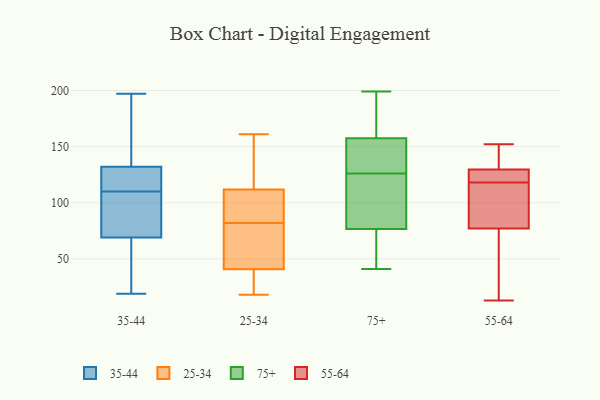
{"axis": {"x": "Churn Rate (%)", "y": "Value"}, "legend": ["25-34", "35-44", "55-64", "75+"], "data": [{"x": "", "y": 121, "type": "35-44"}, {"x": "", "y": 103, "type": "35-44"}, {"x": "", "y": 117, "type": "35-44"}, {"x": "", "y": 136, "type": "35-44"}, {"x": "", "y": 176, "type": "35-44"}, {"x": "", "y": 87, "type": "35-44"}, {"x": "", "y": 82, "type": "35-44"}, {"x": "", "y": 55, "type": "35-44"}, {"x": "", "y": 90, "type": "35-44"}, {"x": "", "y": 125, "type": "35-44"}, {"x": "", "y": 197, "type": "35-44"}, {"x": "", "y": 127, "type": "35-44"}, {"x": "", "y": 30, "type": "35-44"}, {"x": "", "y": 19, "type": "35-44"}, {"x": "", "y": 48, "type": "35-44"}, {"x": "", "y": 69, "type": "35-44"}, {"x": "", "y": 132, "type": "35-44"}, {"x": "", "y": 169, "type": "35-44"}, {"x": "", "y": 161, "type": "25-34"}, {"x": "", "y": 88, "type": "25-34"}, {"x": "", "y": 88, "type": "25-34"}, {"x": "", "y": 42, "type": "25-34"}, {"x": "", "y": 71, "type": "25-34"}, {"x": "", "y": 111, "type": "25-34"}, {"x": "", "y": 18, "type": "25-34"}, {"x": "", "y": 82, "type": "25-34"}, {"x": "", "y": 129, "type": "25-34"}, {"x": "", "y": 114, "type": "25-34"}, {"x": "", "y": 20, "type": "25-34"}, {"x": "", "y": 37, "type": "25-34"}, {"x": "", "y": 53, "type": "25-34"}, {"x": "", "y": 76, "type": "75+"}, {"x": "", "y": 86, "type": "75+"}, {"x": "", "y": 174, "type": "75+"}, {"x": "", "y": 41, "type": "75+"}, {"x": "", "y": 138, "type": "75+"}, {"x": "", "y": 112, "type": "75+"}, {"x": "", "y": 55, "type": "75+"}, {"x": "", "y": 185, "type": "75+"}, {"x": "", "y": 159, "type": "75+"}, {"x": "", "y": 152, "type": "75+"}, {"x": "", "y": 108, "type": "75+"}, {"x": "", "y": 164, "type": "75+"}, {"x": "", "y": 142, "type": "75+"}, {"x": "", "y": 45, "type": "75+"}, {"x": "", "y": 126, "type": "75+"}, {"x": "", "y": 199, "type": "75+"}, {"x": "", "y": 55, "type": "75+"}, {"x": "", "y": 126, "type": "75+"}, {"x": "", "y": 156, "type": "75+"}, {"x": "", "y": 77, "type": "75+"}, {"x": "", "y": 132, "type": "55-64"}, {"x": "", "y": 110, "type": "55-64"}, {"x": "", "y": 127, "type": "55-64"}, {"x": "", "y": 152, "type": "55-64"}, {"x": "", "y": 113, "type": "55-64"}, {"x": "", "y": 92, "type": "55-64"}, {"x": "", "y": 62, "type": "55-64"}, {"x": "", "y": 141, "type": "55-64"}, {"x": "", "y": 13, "type": "55-64"}, {"x": "", "y": 127, "type": "55-64"}, {"x": "", "y": 54, "type": "55-64"}, {"x": "", "y": 123, "type": "55-64"}]}